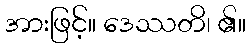
အားဖြင့်။ ဒေဿတိ၊ ၏။